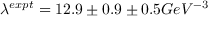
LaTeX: \lambda ^ { e x p t } = 1 2 . 9 \pm 0 . 9 \pm 0 . 5 G e V ^ { - 3 }